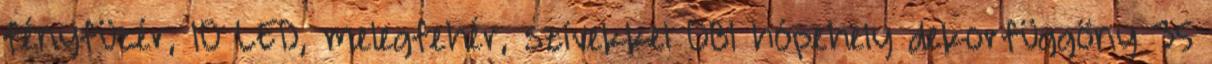
fényfüzér, 10 LED, melegfehér, szívekkel OBI hópehely dekorfüggöny 35